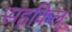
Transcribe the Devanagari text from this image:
सइकिल